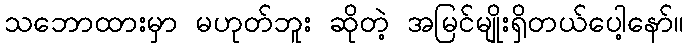
သဘောထားမှာ မဟုတ်ဘူး ဆိုတဲ့ အမြင်မျိုးရှိတယ်ပေါ့နော်။